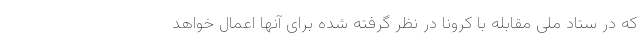
که در ستاد ملی مقابله با کرونا در نظر گرفته شده برای آنها اعمال خواهد